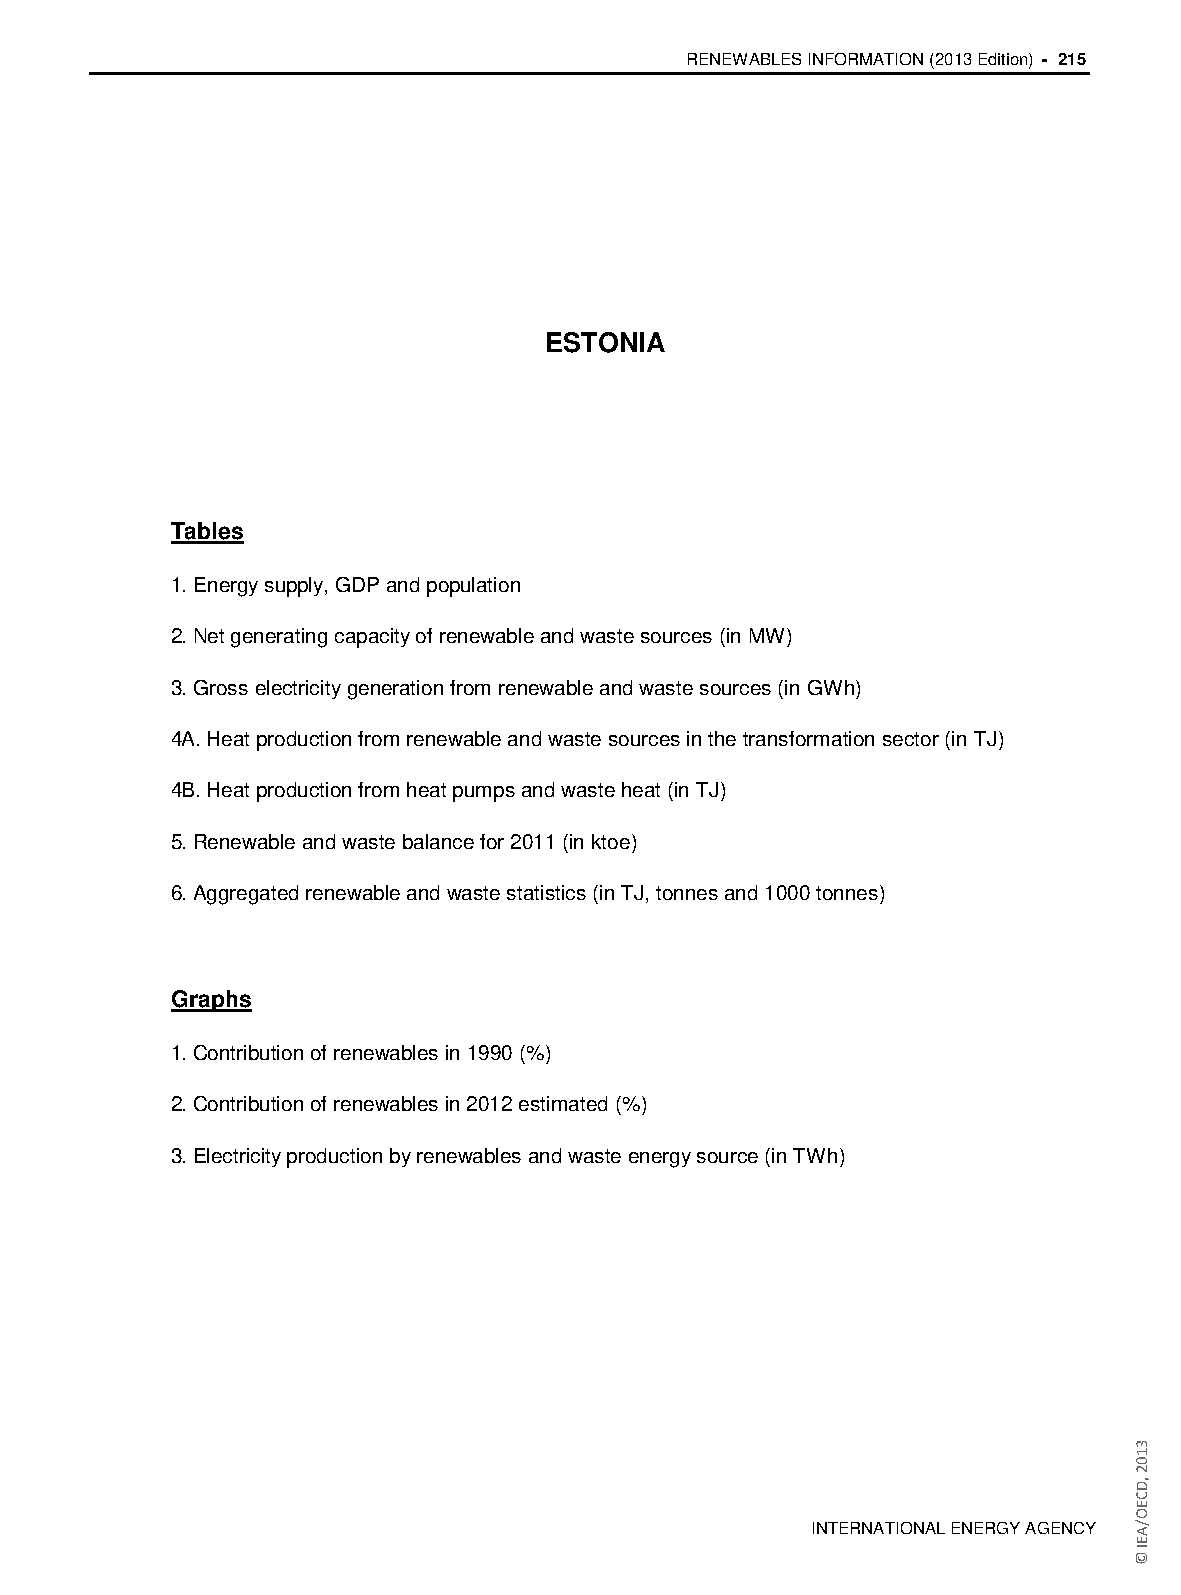
RENEWABLES INFORMATION (2013 Edition) - 215
 ESTONIA
 Tables
 1. Energy supply, GDP and population
 2. Net generating capacity of renewable and waste sources (in MW)
 3. Gross electricity generation from renewable and waste sources (in GWh)
 4A. Heat production from renewable and waste sources in the transformation sector (in TJ)
 4B. Heat production from heat pumps and waste heat (in TJ)
 5. Renewable and waste balance for 2011 (in ktoe)
 6. Aggregated renewable and waste statistics (in TJ, tonnes and 1000 tonnes)
 Graphs
 1. Contribution of renewables in 1990 (%)
 2. Contribution of renewables in 2012 estimated (%)
 3. Electricity production by renewables and waste energy source (in TWh)
 INTERNATIONAL ENERGY AGENCY
 3102
 ,DCEO/AEI
 ©